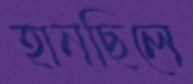
হানছিলে